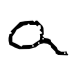
Text: a
Cross-out: clean
Writing tool: digital_black